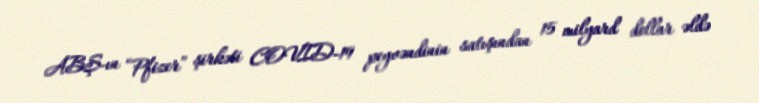
ABŞ-ın “Pfizer” şirkəti COVID-19 peyvəndinin satışından 15 milyard dollar əldə